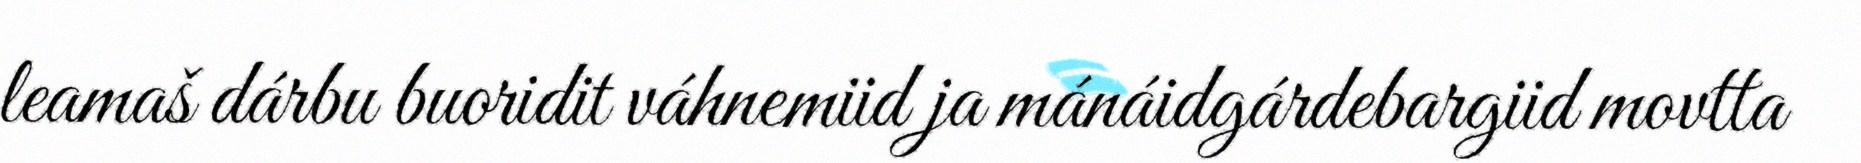
leamaš dárbu buoridit váhnemiid ja mánáidgárdebargiid movtta